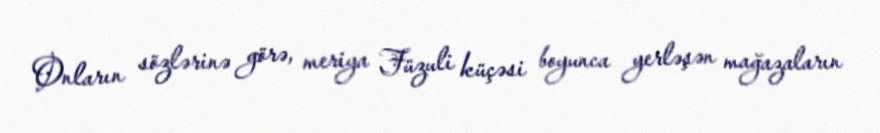
Onların sözlərinə görə, meriya Füzuli küçəsi boyunca yerləşən mağazaların